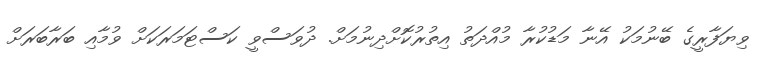
ވިޔަފާރީގެ ބޭނުމަކު އޭނާ މަޑުކުރާ މުއްދަތު އިތުރުކޮށްދިނުމަށް. ދުވަސްވީ ކަސްޓަމަރަކަށް ވުމާއި ބަރާބަރަށް